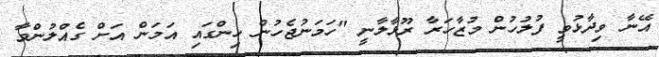
އޭނާ ވިދާޅުވީ ފުލުހުން މުޒާހަރާ ރޫޅާލާނީ "ހަމަނުޖެހުން ހިންގައި އަމަން އަށް ގެއްލުންވާ